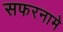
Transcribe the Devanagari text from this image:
सफरनामे